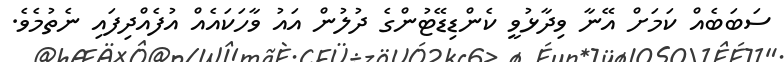
ސަބަބެއް ކަމަށް އޭނާ ވިދާޅުވީ ކެންޑިޑޭޓުންގެ ދުލުން އައު ވާހަކައެއް އުފެއްދިފައި ނެތުމެވެ.